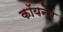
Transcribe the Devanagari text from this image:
कॉयनेर